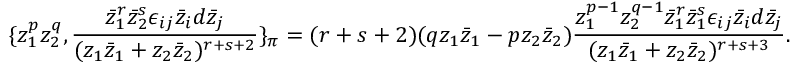
\{ z _ { 1 } ^ { p } z _ { 2 } ^ { q } , \frac { \bar { z } _ { 1 } ^ { r } \bar { z } _ { 2 } ^ { s } \epsilon _ { i j } \bar { z } _ { i } d \bar { z } _ { j } } { ( z _ { 1 } \bar { z } _ { 1 } + z _ { 2 } \bar { z } _ { 2 } ) ^ { r + s + 2 } } \} _ { \pi } = ( r + s + 2 ) ( q z _ { 1 } \bar { z } _ { 1 } - p z _ { 2 } \bar { z } _ { 2 } ) \frac { z _ { 1 } ^ { p - 1 } z _ { 2 } ^ { q - 1 } \bar { z } _ { 1 } ^ { r } \bar { z } _ { 1 } ^ { s } \epsilon _ { i j } \bar { z } _ { i } d \bar { z } _ { j } } { ( z _ { 1 } \bar { z } _ { 1 } + z _ { 2 } \bar { z } _ { 2 } ) ^ { r + s + 3 } } .